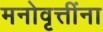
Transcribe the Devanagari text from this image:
मनोवृत्तींना